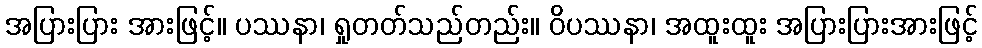
အပြားပြား အားဖြင့်။ ပဿနာ၊ ရှုတတ်သည်တည်း။ ဝိပဿနာ၊ အထူးထူး အပြားပြားအားဖြင့်